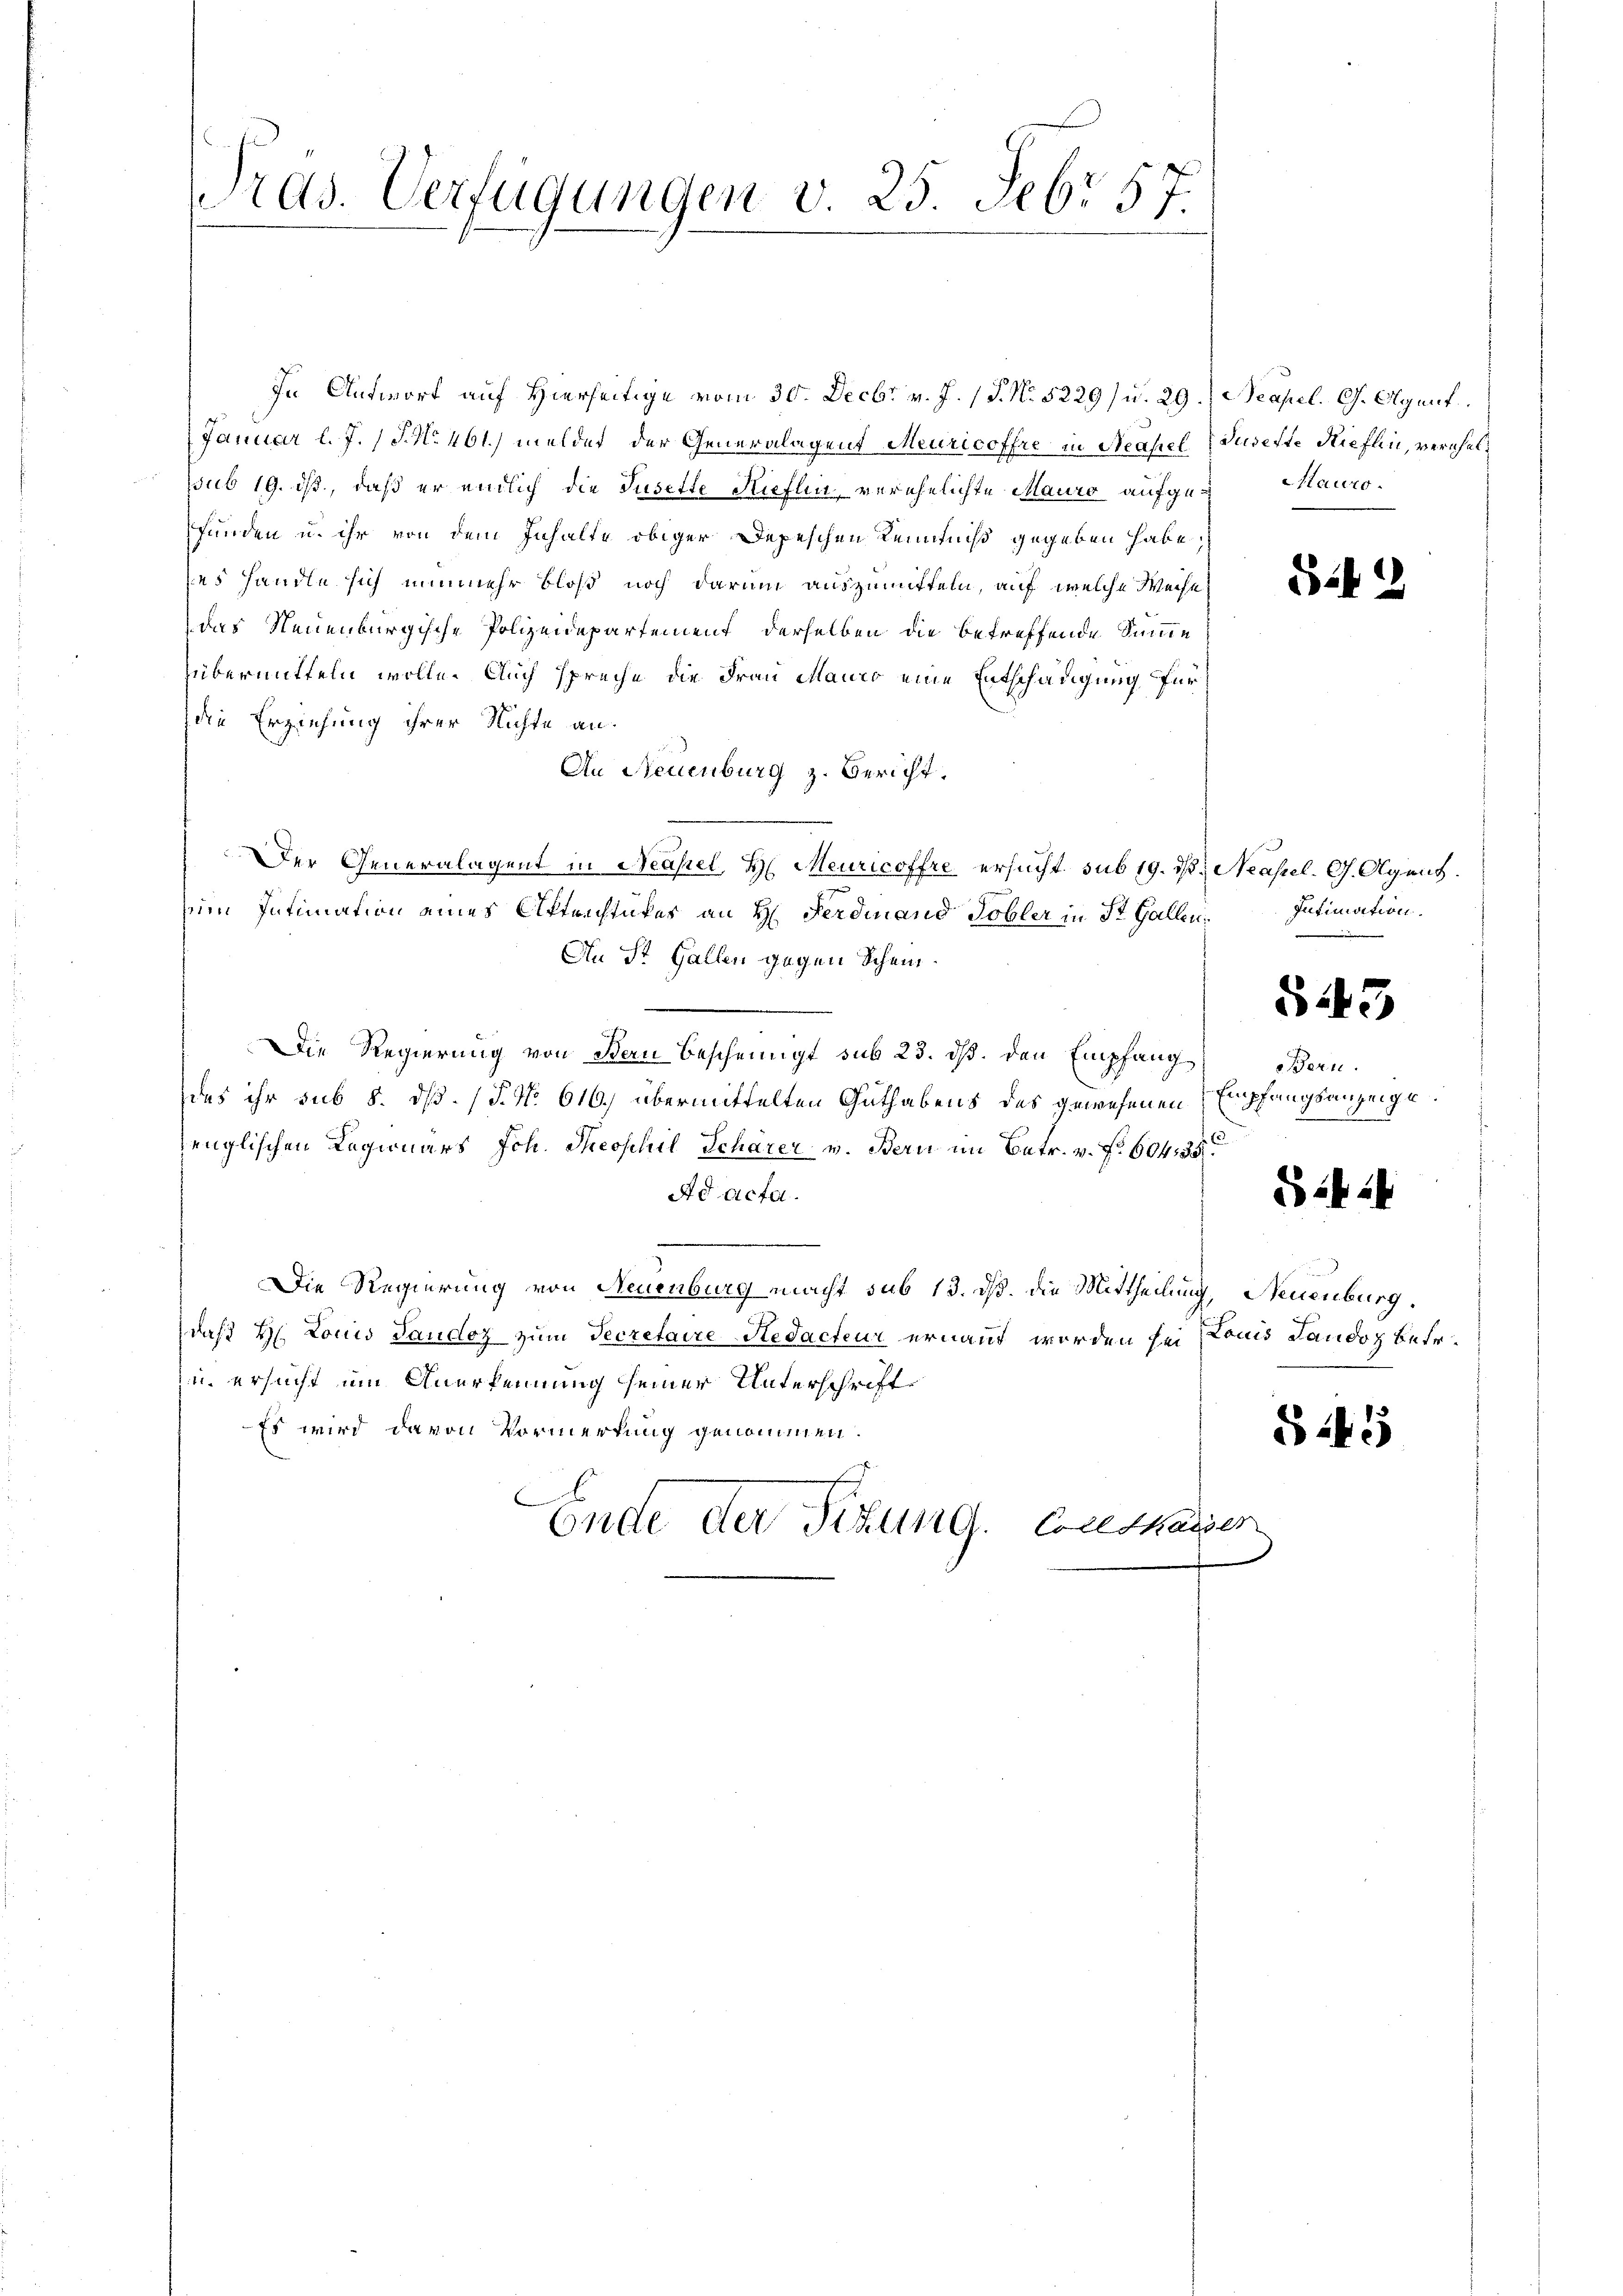
Tras. Verfügungen v. 25. Febr 57.

In Antwort auf Hierseitige vom 30. Decbr. v. J. 17. No. 5229) u. 29. Neapel. G. Agent
Januar l. J. 18. No. 461. meldet der Generalagent Meuricoffre in Neapel (Juselte Rieflin, verhelssub 19. ist, daß er endlich die Jusette Kieflen, verehelichte Mauro aufgefunden u. ihr von dem Inhalte obiger Depeschen Kenntniß gegeben habe,
es handle sich nunmehr bloß noch darum auszumitteln, auf welche Weise
das Neuenburgische Polizeidepartement derselben die betreffende Summe
übermitteln wolle. Auch spreche die Frau Mauro eine Entschädigung für
die Erziehung ihrer Nichte an.
An Neuenburg z. Bericht.
Der Generalagent in Neapel, H. Meuricoffre ersucht, sub 19. d. Neapel. G. Agent.
im Intimation eines Attrichtufes an H. Ferdinand Tobler in St. Gallen.
An St. Gallen gegen Schein¬
Die Regierung von den bescheinigt sub 23. ds. den Empfang
das ihr sub 5. dß. (T. No. 616.) übermittelten Guthabens des gewesenen Empfangsanzeige
¬
jenglischen Ragionars Joh. Theophil Schärer v. Bern im Betr. v. f. 604, 35
Ad acta.
r
e
Die Regierung von Neuenburg macht sub 13. dß. die Mittheilung, Neuenburg.
daß H. Louis Laudoz zum Secretaire Redacteur ernannt worden sei stand Landoz betr.
zu ersucht um Anerkennung seiner Unterschrifte
Es wird davon Vormerkung genommen.
6
Ende der Sitzung. Conskassen

Mauro

S.42

Intimation.

543

Bern.

S 14. 24

S.45